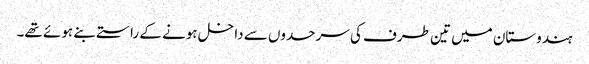
ہندوستان میں تین طرف کی سرحدوں سے داخل ہونے کے راستے بنے ہوئے تھے۔